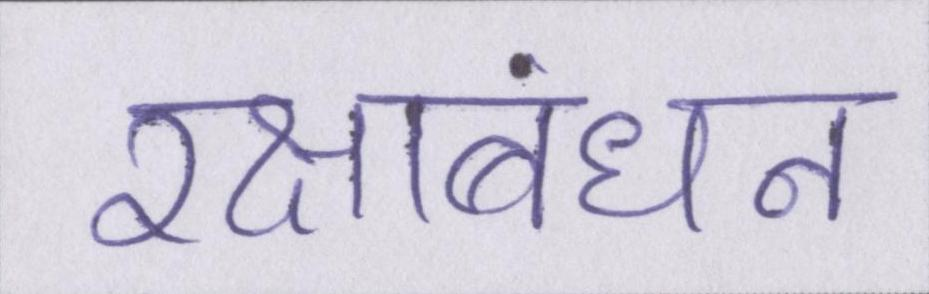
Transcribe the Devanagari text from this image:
रक्षाबंधन